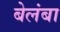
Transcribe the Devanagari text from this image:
बेलंबा